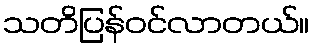
သတိပြန်ဝင်လာတယ်။